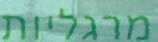
מרגליות